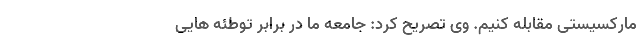
مارکسیستی مقابله کنیم. وی تصریح کرد: جامعه ما در برابر توطئه هایی